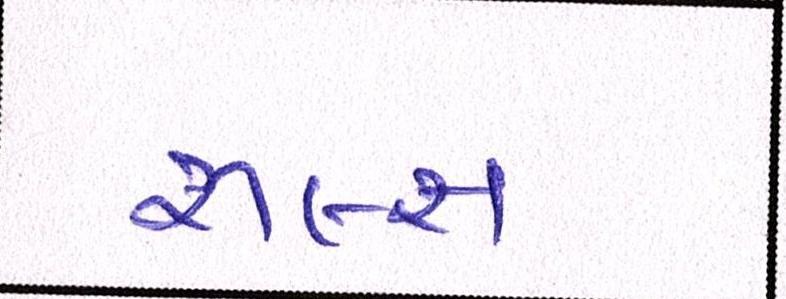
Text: રૂલ્સ